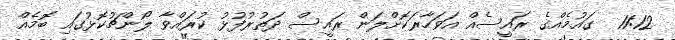
11:12  ގައުމެއްގެ ރައީސެއް އަވަހާރަކޮށްލަން ރައީސް ދަތުރުފުޅު ކުރައްވާ ލޯންޗުކޮޅުގައި ބޮމެއް